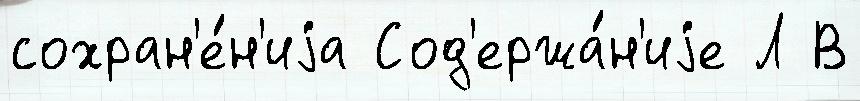
сохран'е́н'иjа Сод'ержа́н'иjе Л В